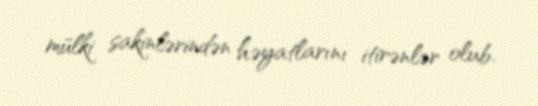
mülki sakinlərindən həyatlarını itirənlər olub.